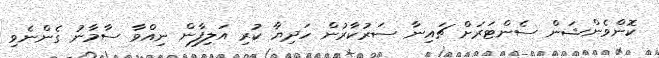
ކޮންވެންޝަން ސެންޓަރަށް ޗައިނާ ސަރުކާރުން ހަދިޔާ ކުރި އަލިފާން ނިއްވާ ސާމާނު ގެންނެވި